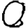
Digit: 0